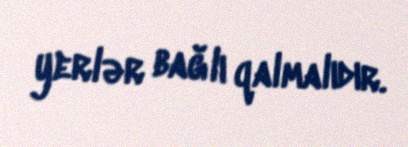
yerlər bağlı qalmalıdır.